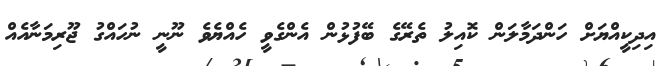
އިދިކީއްޔަށް ހަންދަމާލަން ކޮއިލު ތެރޭގެ ބޭފުޅުން އެންގެވީ ހެއްޔެވެ ނޫނީ ނުހައްގު ޖޫރިމަނާއެއް